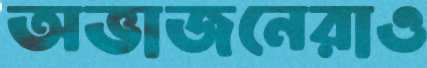
অভাজনেরাও